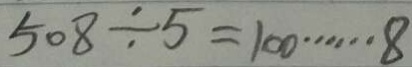
5 0 8 \div 5 = 1 0 0 \cdots 8